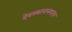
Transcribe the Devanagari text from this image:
देवस्थानलगतच